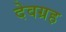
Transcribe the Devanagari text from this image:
देवग्रह